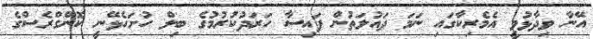
އޭނާ ވިދާޅުވީ އެމެރިކާގައި ނަމަ ދައުލަތުން ފައިސާ ހަރަދުކުރުމުގެ ބިލް ހުށަހެޅޭނީ ކޮންގްރެސްގެ